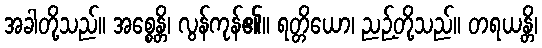
အခါတို့သည်။ အစ္စေန္တိ၊ လွန်ကုန်၏။ ရတ္တိယော၊ ညဉ့်တို့သည်။ တရယန္တိ၊